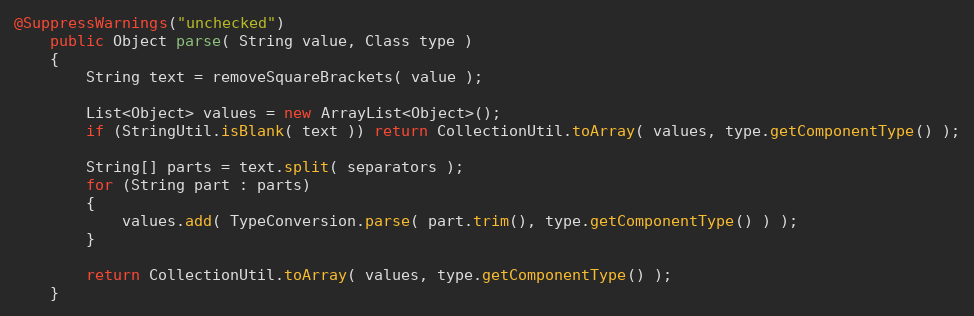
Language: Java
@SuppressWarnings("unchecked")
    public Object parse( String value, Class type )
    {
        String text = removeSquareBrackets( value );

        List<Object> values = new ArrayList<Object>();
        if (StringUtil.isBlank( text )) return CollectionUtil.toArray( values, type.getComponentType() );

        String[] parts = text.split( separators );
        for (String part : parts)
        {
            values.add( TypeConversion.parse( part.trim(), type.getComponentType() ) );
        }

        return CollectionUtil.toArray( values, type.getComponentType() );
    }